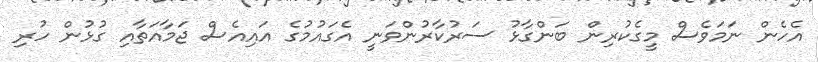
އެހެން ނަމަވެސް މީގެކުރިން ބަންގާޅު ސަރުކާރުންވަނީ އެގައުމުގެ އައިއެސް ޖަމާއަތާއި ގުޅުން ހުރި